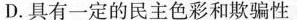
D.具有一定的民主色彩和欺骗性